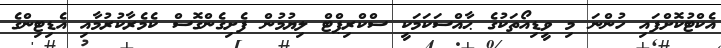
އެކްޓުކޮށްފައި ހުންނަ މި ވީޑިއޯތަކުގެ ޙާއްސަކަމަކީ ސްކްރިޕްޓް ލިޔުމުން ފެށިގެންގޮސް ކެމެރާކުރުމާއި އެޑިޓިންގެ